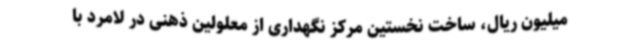
میلیون ریال، ساخت نخستین مرکز نگهداری از معلولین ذهنی در لامرد با